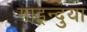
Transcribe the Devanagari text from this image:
गाइन्दुया